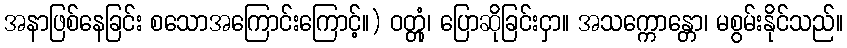
အနာဖြစ်နေခြင်း စသောအကြောင်းကြောင့်။) ဝတ္တုံ၊ ပြောဆိုခြင်းငှာ။ အသက္ကောန္တော၊ မစွမ်းနိုင်သည်။